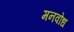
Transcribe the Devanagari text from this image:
मनवोध